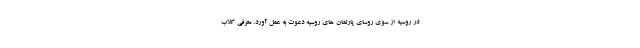
در روسیه از سوی روسای پارلمان های روسیه دعوت به عمل آورد. معرفی کلاب